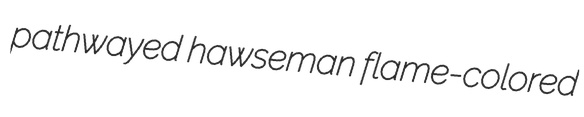
pathwayed hawseman flame-colored